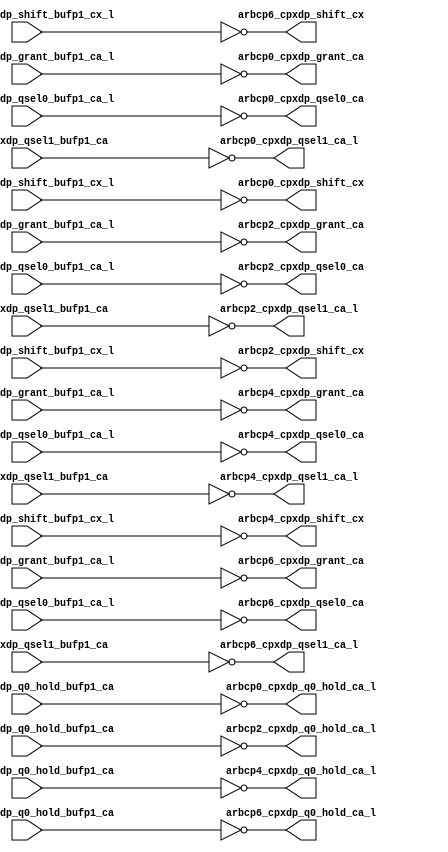
module cpx_buf_pdl_even(/*AUTOARG*/
   // Outputs
   arbcp0_cpxdp_grant_ca, arbcp0_cpxdp_q0_hold_ca_l, 
   arbcp0_cpxdp_qsel0_ca, arbcp0_cpxdp_qsel1_ca_l, 
   arbcp0_cpxdp_shift_cx, arbcp2_cpxdp_grant_ca, 
   arbcp2_cpxdp_q0_hold_ca_l, arbcp2_cpxdp_qsel0_ca, 
   arbcp2_cpxdp_qsel1_ca_l, arbcp2_cpxdp_shift_cx, 
   arbcp4_cpxdp_grant_ca, arbcp4_cpxdp_q0_hold_ca_l, 
   arbcp4_cpxdp_qsel0_ca, arbcp4_cpxdp_qsel1_ca_l, 
   arbcp4_cpxdp_shift_cx, arbcp6_cpxdp_grant_ca, 
   arbcp6_cpxdp_q0_hold_ca_l, arbcp6_cpxdp_qsel0_ca, 
   arbcp6_cpxdp_qsel1_ca_l, arbcp6_cpxdp_shift_cx, 
   // Inputs
   arbcp0_cpxdp_grant_bufp1_ca_l, arbcp0_cpxdp_q0_hold_bufp1_ca, 
   arbcp0_cpxdp_qsel0_bufp1_ca_l, arbcp0_cpxdp_qsel1_bufp1_ca, 
   arbcp0_cpxdp_shift_bufp1_cx_l, arbcp2_cpxdp_grant_bufp1_ca_l, 
   arbcp2_cpxdp_q0_hold_bufp1_ca, arbcp2_cpxdp_qsel0_bufp1_ca_l, 
   arbcp2_cpxdp_qsel1_bufp1_ca, arbcp2_cpxdp_shift_bufp1_cx_l, 
   arbcp4_cpxdp_grant_bufp1_ca_l, arbcp4_cpxdp_q0_hold_bufp1_ca, 
   arbcp4_cpxdp_qsel0_bufp1_ca_l, arbcp4_cpxdp_qsel1_bufp1_ca, 
   arbcp4_cpxdp_shift_bufp1_cx_l, arbcp6_cpxdp_grant_bufp1_ca_l, 
   arbcp6_cpxdp_q0_hold_bufp1_ca, arbcp6_cpxdp_qsel0_bufp1_ca_l, 
   arbcp6_cpxdp_qsel1_bufp1_ca, arbcp6_cpxdp_shift_bufp1_cx_l
   );


   output 		arbcp0_cpxdp_grant_ca		;	
   output 		arbcp0_cpxdp_q0_hold_ca_l		;
   output 		arbcp0_cpxdp_qsel0_ca		;	
   output 		arbcp0_cpxdp_qsel1_ca_l		;	
   output 		arbcp0_cpxdp_shift_cx		;	

   output 		arbcp2_cpxdp_grant_ca		;	
   output 		arbcp2_cpxdp_q0_hold_ca_l		;
   output 		arbcp2_cpxdp_qsel0_ca		;	
   output 		arbcp2_cpxdp_qsel1_ca_l		;	
   output 		arbcp2_cpxdp_shift_cx		;	

   output 		arbcp4_cpxdp_grant_ca		;	
   output 		arbcp4_cpxdp_q0_hold_ca_l		;
   output 		arbcp4_cpxdp_qsel0_ca		;	
   output 		arbcp4_cpxdp_qsel1_ca_l		;	
   output 		arbcp4_cpxdp_shift_cx		;	

   output 		arbcp6_cpxdp_grant_ca		;	
   output 		arbcp6_cpxdp_q0_hold_ca_l		;
   output 		arbcp6_cpxdp_qsel0_ca		;	
   output 		arbcp6_cpxdp_qsel1_ca_l		;	
   output 		arbcp6_cpxdp_shift_cx		;	
   
   
   input 		arbcp0_cpxdp_grant_bufp1_ca_l;	
   input 		arbcp0_cpxdp_q0_hold_bufp1_ca;
   input 		arbcp0_cpxdp_qsel0_bufp1_ca_l;	
   input 		arbcp0_cpxdp_qsel1_bufp1_ca;	
   input 		arbcp0_cpxdp_shift_bufp1_cx_l;	

   input 		arbcp2_cpxdp_grant_bufp1_ca_l;	
   input 		arbcp2_cpxdp_q0_hold_bufp1_ca;
   input 		arbcp2_cpxdp_qsel0_bufp1_ca_l;	
   input 		arbcp2_cpxdp_qsel1_bufp1_ca;	
   input 		arbcp2_cpxdp_shift_bufp1_cx_l;	

   input 		arbcp4_cpxdp_grant_bufp1_ca_l;	
   input 		arbcp4_cpxdp_q0_hold_bufp1_ca;
   input 		arbcp4_cpxdp_qsel0_bufp1_ca_l;	
   input 		arbcp4_cpxdp_qsel1_bufp1_ca;	
   input 		arbcp4_cpxdp_shift_bufp1_cx_l;	

   input 		arbcp6_cpxdp_grant_bufp1_ca_l;	
   input 		arbcp6_cpxdp_q0_hold_bufp1_ca;
   input 		arbcp6_cpxdp_qsel0_bufp1_ca_l;	
   input 		arbcp6_cpxdp_qsel1_bufp1_ca;	
   input 		arbcp6_cpxdp_shift_bufp1_cx_l;	
   


   assign		arbcp0_cpxdp_grant_ca	   =        ~arbcp0_cpxdp_grant_bufp1_ca_l;           
   assign		arbcp0_cpxdp_q0_hold_ca_l  =        ~arbcp0_cpxdp_q0_hold_bufp1_ca;  
   assign		arbcp0_cpxdp_qsel0_ca	   =        ~arbcp0_cpxdp_qsel0_bufp1_ca_l;      
   assign		arbcp0_cpxdp_qsel1_ca_l	   =        ~arbcp0_cpxdp_qsel1_bufp1_ca;    
   assign		arbcp0_cpxdp_shift_cx	   =        ~arbcp0_cpxdp_shift_bufp1_cx_l;      
								                                                   
   assign		arbcp2_cpxdp_grant_ca	   =        ~arbcp2_cpxdp_grant_bufp1_ca_l;      	
   assign		arbcp2_cpxdp_q0_hold_ca_l  =        ~arbcp2_cpxdp_q0_hold_bufp1_ca;  
   assign		arbcp2_cpxdp_qsel0_ca	   =        ~arbcp2_cpxdp_qsel0_bufp1_ca_l;      
   assign		arbcp2_cpxdp_qsel1_ca_l	   =        ~arbcp2_cpxdp_qsel1_bufp1_ca;    
   assign		arbcp2_cpxdp_shift_cx	   =        ~arbcp2_cpxdp_shift_bufp1_cx_l;      
								                                                   
   assign		arbcp4_cpxdp_grant_ca	   =        ~arbcp4_cpxdp_grant_bufp1_ca_l;      	
   assign		arbcp4_cpxdp_q0_hold_ca_l  =        ~arbcp4_cpxdp_q0_hold_bufp1_ca;  
   assign		arbcp4_cpxdp_qsel0_ca	   =        ~arbcp4_cpxdp_qsel0_bufp1_ca_l;      
   assign		arbcp4_cpxdp_qsel1_ca_l	   =        ~arbcp4_cpxdp_qsel1_bufp1_ca;    
   assign		arbcp4_cpxdp_shift_cx	   =        ~arbcp4_cpxdp_shift_bufp1_cx_l;      
								                                                   
   assign		arbcp6_cpxdp_grant_ca	   =        ~arbcp6_cpxdp_grant_bufp1_ca_l;      	
   assign		arbcp6_cpxdp_q0_hold_ca_l  =        ~arbcp6_cpxdp_q0_hold_bufp1_ca;  
   assign		arbcp6_cpxdp_qsel0_ca	   =        ~arbcp6_cpxdp_qsel0_bufp1_ca_l;      
   assign		arbcp6_cpxdp_qsel1_ca_l	   =        ~arbcp6_cpxdp_qsel1_bufp1_ca;    
   assign		arbcp6_cpxdp_shift_cx	   =        ~arbcp6_cpxdp_shift_bufp1_cx_l;         


   

endmodule